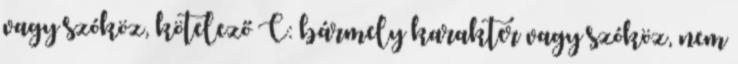
vagy szóköz, kötelező C: bármely karakter vagy szóköz, nem